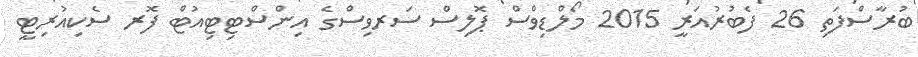
ބުރާސްފަތި 26 ފެބުރުއަރީ 2015 މޯލްޑިވްސް ޕޮލިސް ސަރވިސްގެ އިންސްޓިޓިއުޓް ފޮރ ސެކިއުރިޓީ